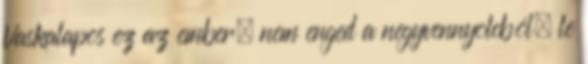
Vaskalapos ez az ember, nem enged a negyvennyolcból, le